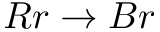
R r \rightarrow B r